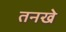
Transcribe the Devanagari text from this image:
तनखे